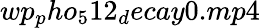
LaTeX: wp_{p}ho_{5}12_{d}ecay0.mp4